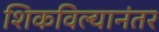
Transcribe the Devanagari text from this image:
शिकविल्यानंतर